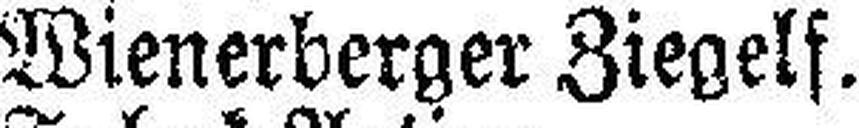
Wienerberger Ziegels